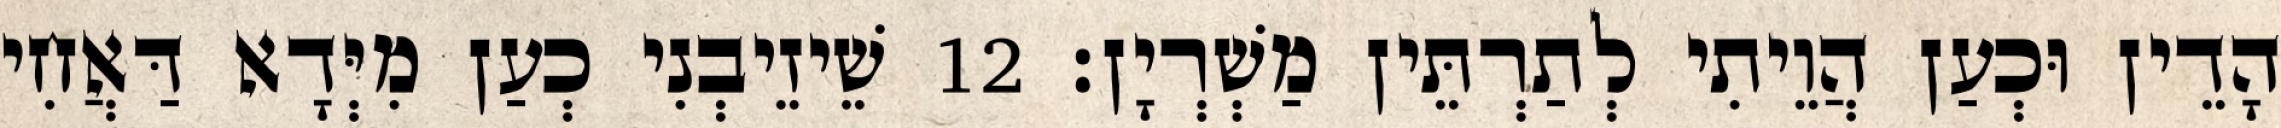
הָדֵין וּכְעַן הֲוֵיתִי לְתַרְתֵּין מַשְׁרְיָן׃ 12 שֵׁיזֵיבְנִי כְעַן מִיְּדָא דַּאֲחִי